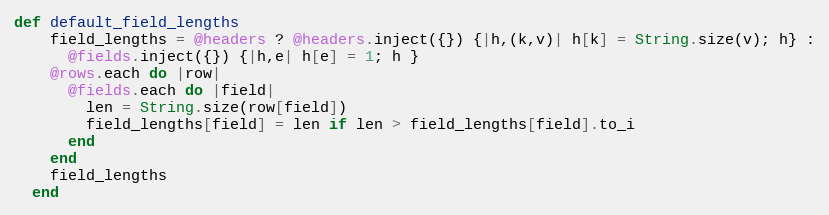
Language: Ruby
def default_field_lengths
    field_lengths = @headers ? @headers.inject({}) {|h,(k,v)| h[k] = String.size(v); h} :
      @fields.inject({}) {|h,e| h[e] = 1; h }
    @rows.each do |row|
      @fields.each do |field|
        len = String.size(row[field])
        field_lengths[field] = len if len > field_lengths[field].to_i
      end
    end
    field_lengths
  end